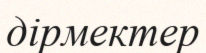
дірмектер